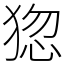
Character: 㺀